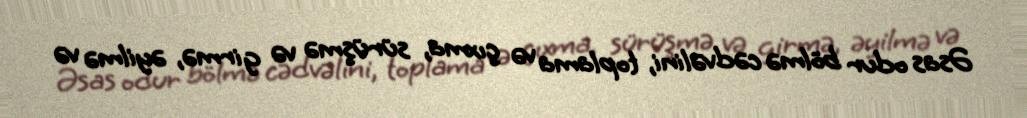
Əsas odur bölmə cədvəlini, toplama və çıxma, sürüşmə və girmə, əyilmə və